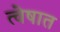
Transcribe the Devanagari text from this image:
त्वेषात